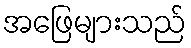
အဖြေများသည်